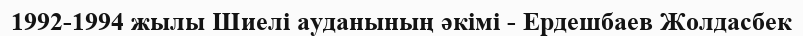
1992-1994 жылы Шиелі ауданының әкімі - Ердешбаев Жолдасбек